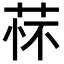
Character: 𬜸